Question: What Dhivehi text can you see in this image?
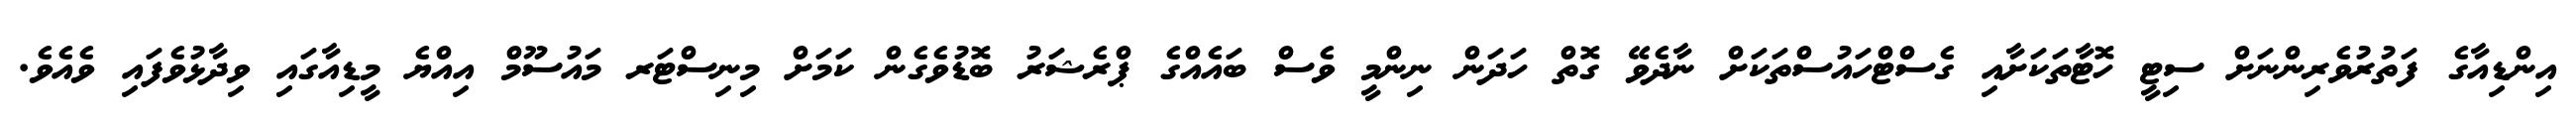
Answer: އިންޑިއާގެ ފަތުރުވެރިންނަށް ސިޓީ ހޮޓާތަކަށާއި ގެސްޓްހައުސްތަކަށް ނާދެވޭ ގޮތް ހަދަން ނިންމީ ވެސް ބައެއްގެ ޕްރެޝަރު ބޮޑުވެގެން ކަމަށް މިނިސްޓަރ މައުސޫމް އިއްޔެ މީޑިއާގައި ވިދާޅުވެފައި ވެއެވެ.